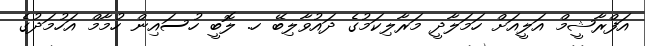
އަފްރާޝީމް އަލީއަށް ހަމަލާދީ މަރާލިކަމުގެ ދައުވާލިބޭ ހ. ލޮބީ ހުސައިން ހުމާމް އަހުމަދުގެ